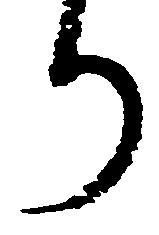
り